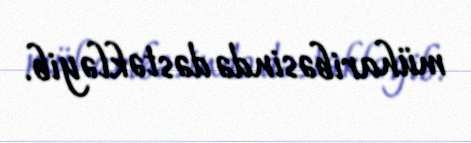
müharibəsində dəstəkləyib.